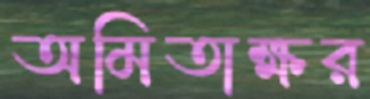
অমিতাক্ষর